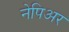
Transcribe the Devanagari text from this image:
नेपिअर